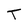
Character: T